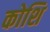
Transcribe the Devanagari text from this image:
कोशि